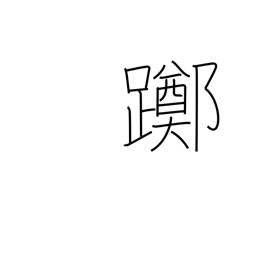
Meaning: loiter